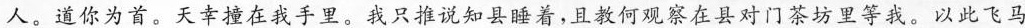
人。道你为首。天幸撞在我手里。我只推说知县睡着，且教何观察在县对门茶坊里等我。以此飞马